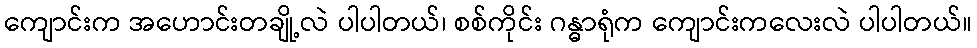
ကျောင်းက အဟောင်းတချို့လဲ ပါပါတယ်၊ စစ်ကိုင်း ဂန္ဓာရုံက ကျောင်းကလေးလဲ ပါပါတယ်။